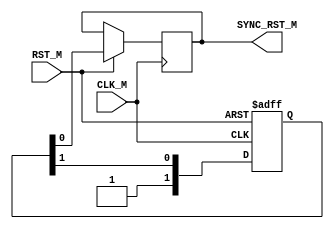
//RST Sync
module Multi_Flop #(
parameter NUM_STAGES=2
)(
input  wire CLK_M,
input  wire RST_M,
output reg  SYNC_RST_M
);

reg [NUM_STAGES-1:0] synchronizer;
integer ii;

always @ (posedge CLK_M or negedge RST_M)
begin
    ii=0;
    if (!RST_M)
        synchronizer <= 'd0;
    else 
        begin
            synchronizer [NUM_STAGES-1] <= 1'b1 ;
            SYNC_RST_M <= synchronizer [0];
            for (ii=NUM_STAGES-1;ii>0; ii=ii-1)
                begin
                synchronizer [ii-1] <= synchronizer [ii];
                end
        end
end

endmodule